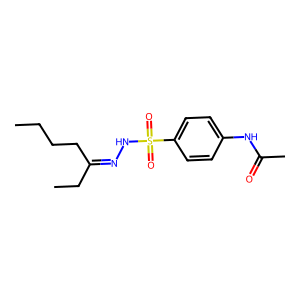
SMILES: CCCCC(CC)=NNS(=O)(=O)c1ccc(NC(C)=O)cc1
Inhibits HIV replication: No